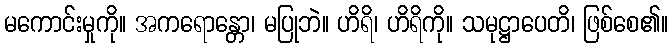
မကောင်းမှုကို။ အကရောန္တော၊ မပြုဘဲ။ ဟိရိ၊ ဟိရိကို။ သမုဋ္ဌာပေတိ၊ ဖြစ်စေ၏။